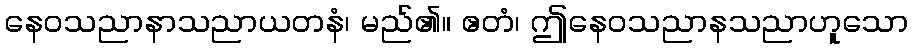
နေဝသညာနာသညာယတနံ၊ မည်၏။ ဧတံ၊ ဤနေဝသညာနသညာဟူသော